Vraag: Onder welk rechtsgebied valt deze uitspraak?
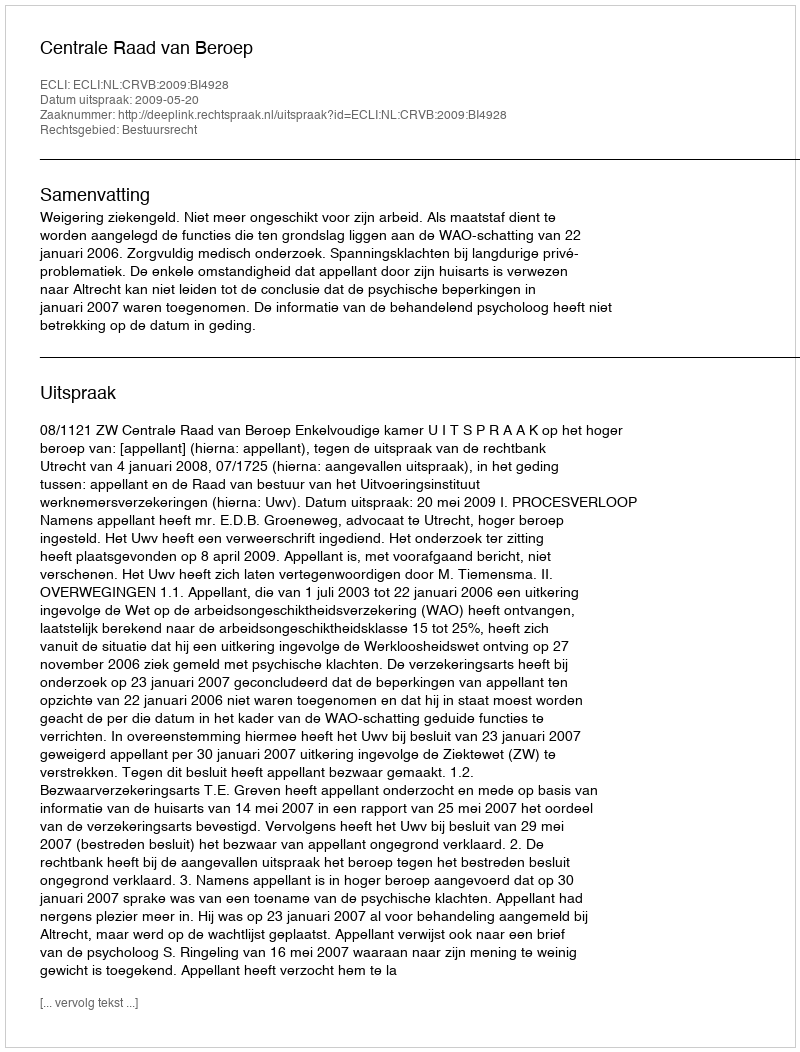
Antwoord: Bestuursrecht